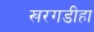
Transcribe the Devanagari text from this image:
खरगडीहा